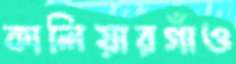
কালিয়ারগাঁও